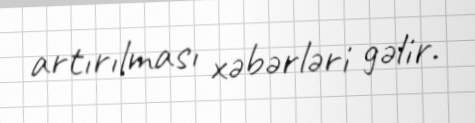
artırılması xəbərləri gəlir.